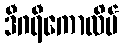
ဒီဂရီကောလိပ်